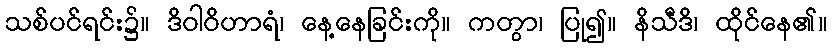
သစ်ပင်ရင်း၌။ ဒိဝါဝိဟာရံ၊ နေ့နေခြင်းကို။ ကတွာ၊ ပြု၍။ နိသီဒိ၊ ထိုင်နေ၏။